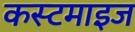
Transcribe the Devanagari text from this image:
कस्टमाइज